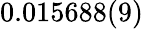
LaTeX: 0.015688(9)